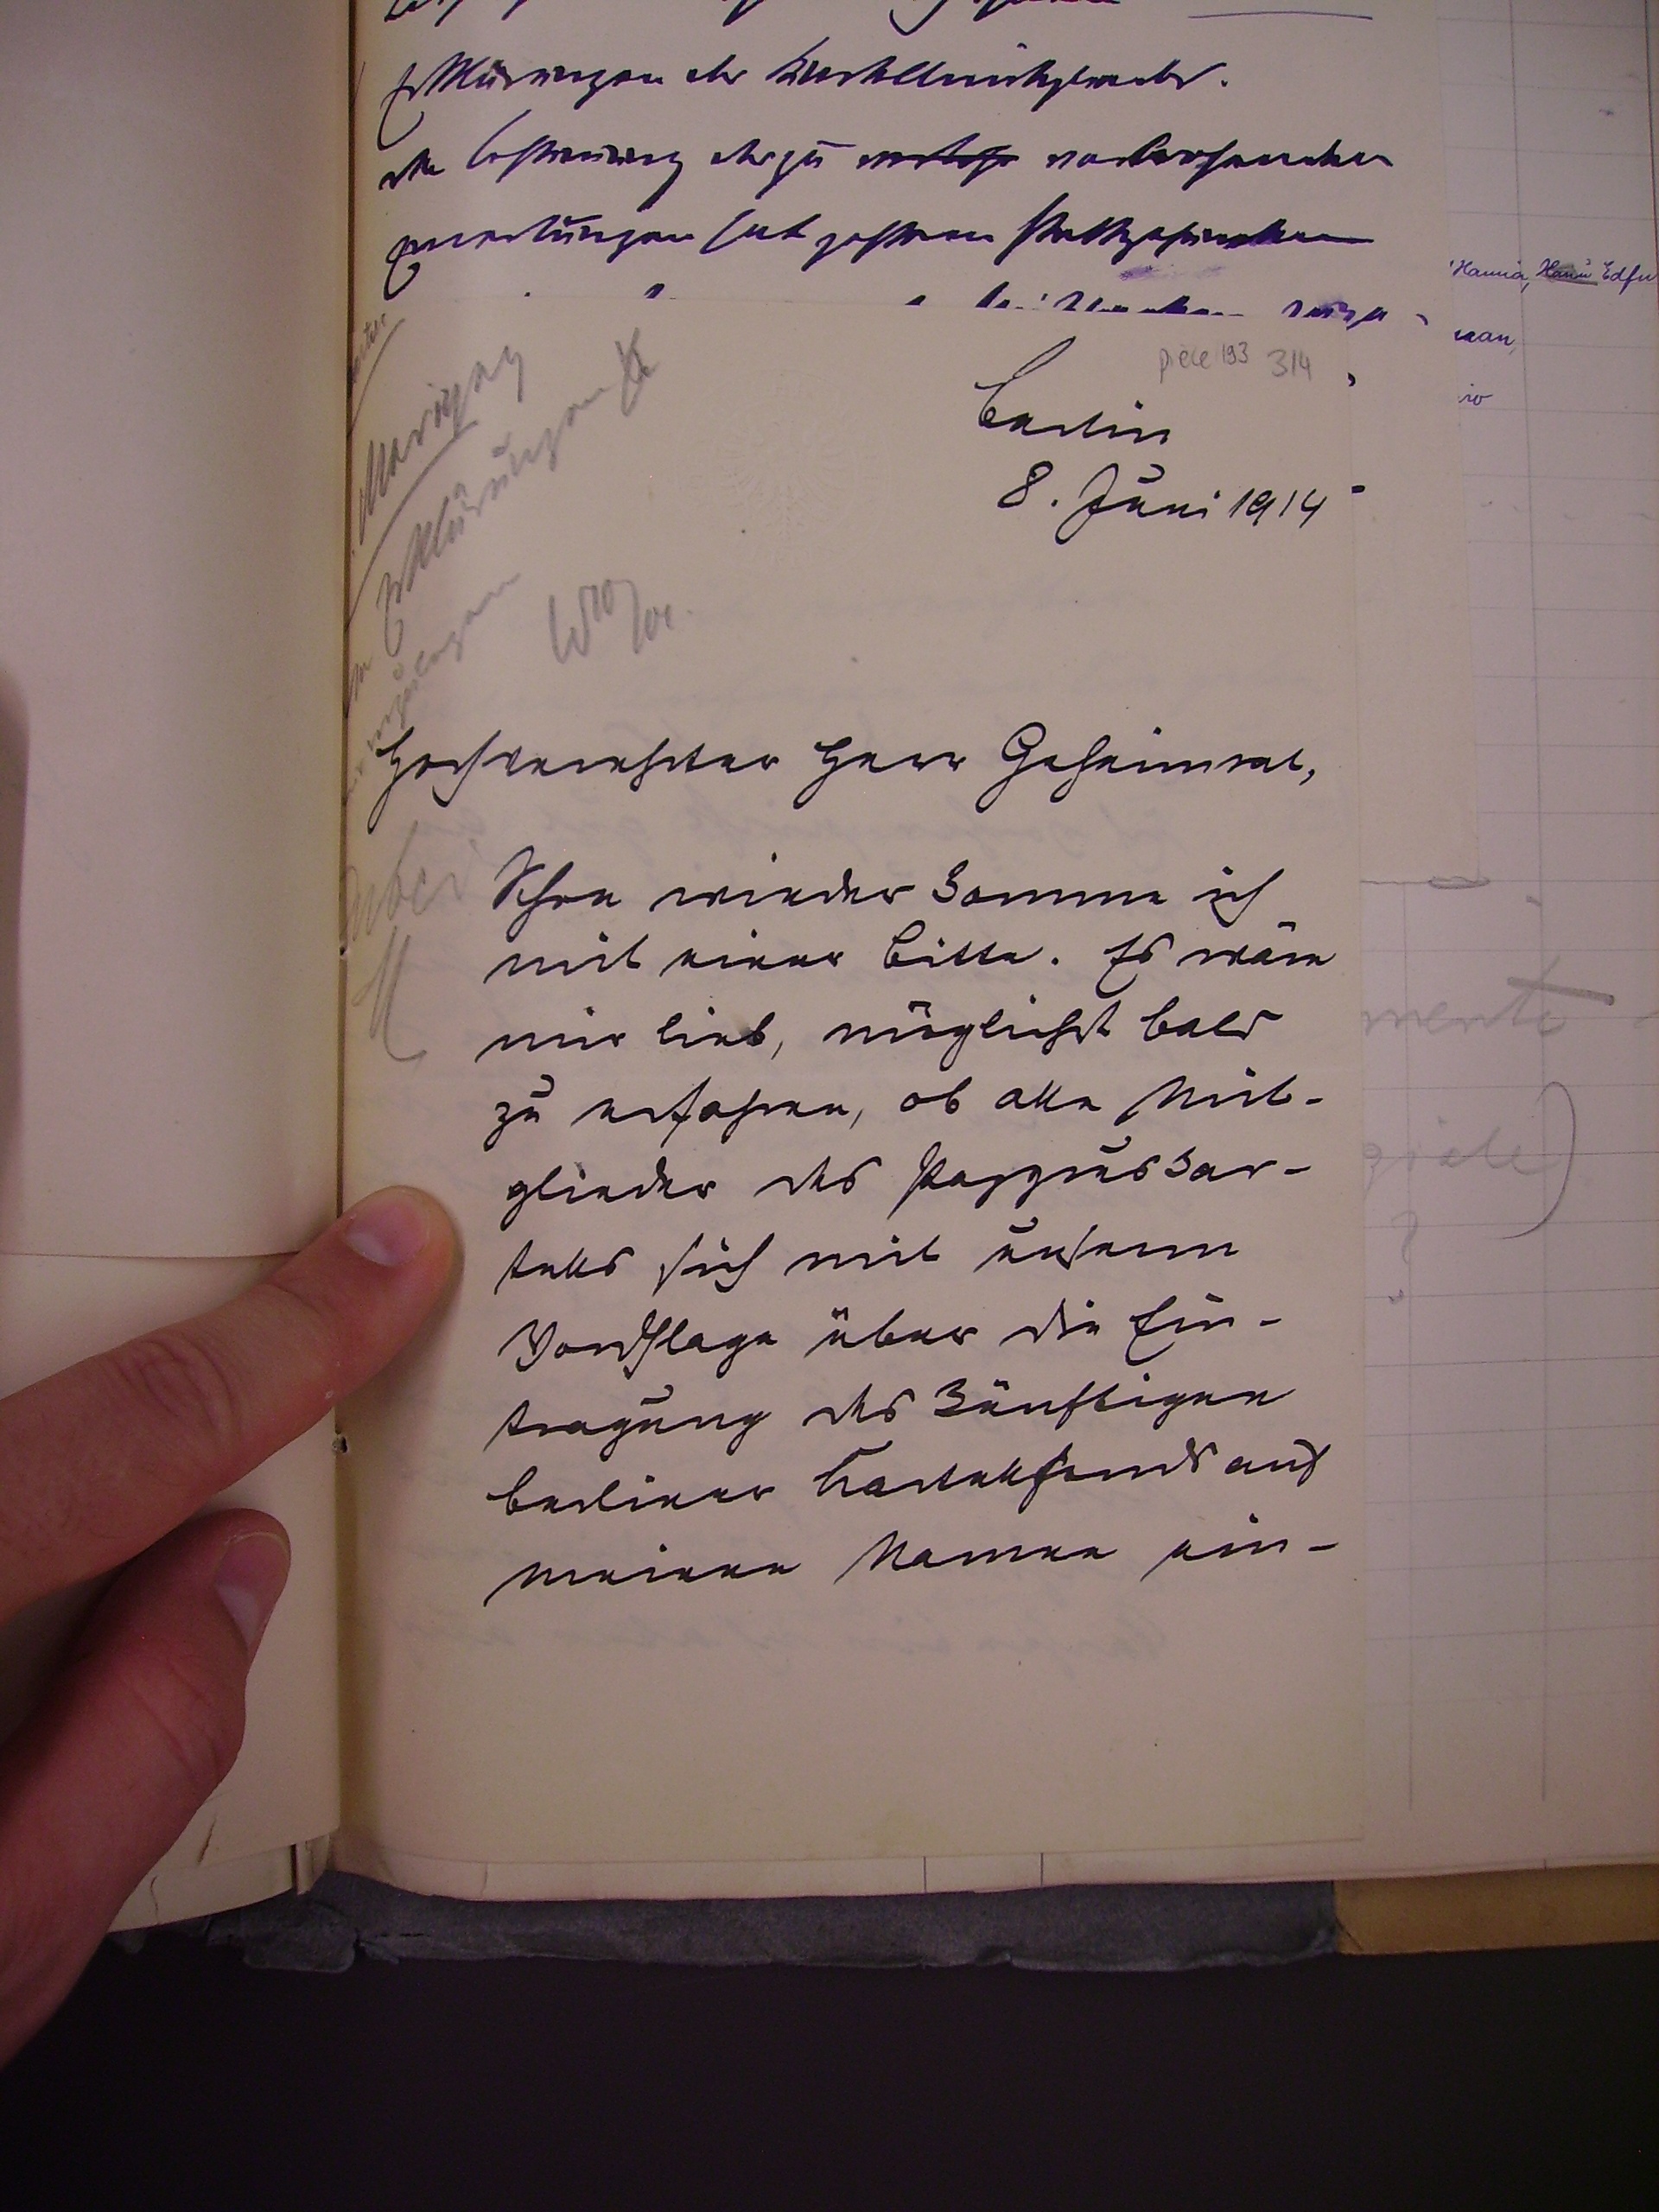
Berlin
8. Juni 1914

Hochverehrter Herr Geheimrat,
Schon wieder komme ich
mit einer bitte. Es wäre
mir lieb, möglichst bald
zu erfahren, ob alle Mit¬
glieder des Papyruskar¬
tells sich mit unserm
Vorschlage über die Ein¬
tragung des künftigen
berliner Kartellfonds auf
meinen Namen ein-